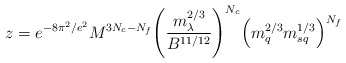
\begin{align*}z = e^{-8\pi^2/e^2} M^{3N_c-N_f}\Bigg(\frac{m_\lambda^{2/3}}{B^{11/12}}\Bigg)^{N_c}\Big(m_q^{2/3} m_{sq}^{1/3}\Big)^{N_f}\end{align*}